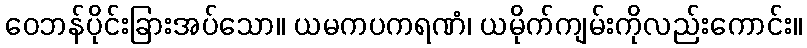
ဝေဘန်ပိုင်းခြားအပ်သော။ ယမကပကရဏံ၊ ယမိုက်ကျမ်းကိုလည်းကောင်း။